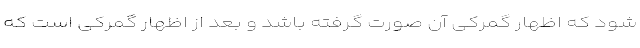
شود که اظهار گمرکی آن صورت گرفته باشد و بعد از اظهار گمرکی است که